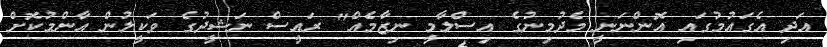
އަދި އެގައުމުގައި އޮންނަނީ މެދުމިނުގެ އިސްލާމީ ނިޒާމެއް" ރައީސް ނަޝީދުގެ ވަކީލުން އާންމުކޮށް